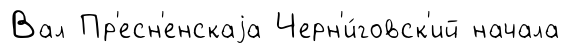
Вал Пр'есн'енскаjа Черн'и́говск'ий начала